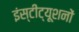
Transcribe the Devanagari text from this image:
इंस्टीट्यूशनों